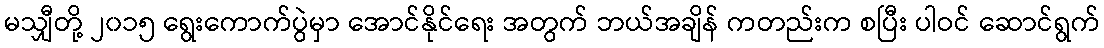
မသျှီတို့ ၂၀၁၅ ရွေးကောက်ပွဲမှာ အောင်နိုင်ရေး အတွက် ဘယ်အချိန် ကတည်းက စပြီး ပါဝင် ဆောင်ရွက်